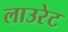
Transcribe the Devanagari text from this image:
लाउरेट